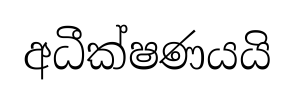
අධීක්ෂණයයි